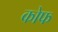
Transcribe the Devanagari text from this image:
कोफ